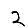
Digit: 2